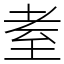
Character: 耊